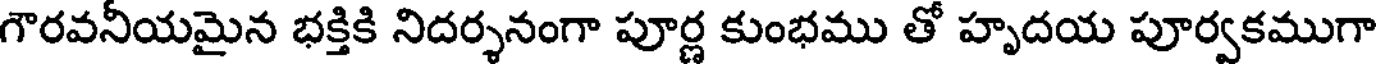
గౌరవనీయమైన భక్తికి నిదర్శనంగా పూర్ణ కుంభము తో హృదయ పూర్వకముగా